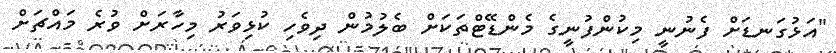
"އަޅުގަނޑަށް ފެނުނީ މިކުންފުނީގެ މެންޑޭޓްތަކަށް ބެލުމުން ދިވެހި ކުޅިވަރު މިހާރަށް ވުރެ މައްޗަށް